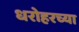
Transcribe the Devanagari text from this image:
धरोहरच्या